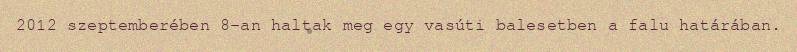
2012 szeptemberében 8-an haltak meg egy vasúti balesetben a falu határában.